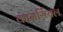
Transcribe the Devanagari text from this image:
कामर्सियल